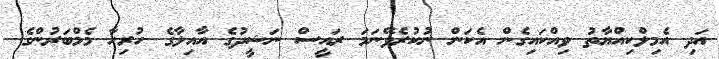
އަދި އެމިލްކިއްޔާތު ވިއްކައިގެން އެކަން ނުކުރެވޭނަމަ ރައީސް ނަޝީދުގެ އާއިލާގެ ހުރިހާ މެމްބަރުންގެ